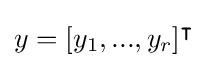
y=[y_{1},...,y_{r}]^{\intercal }